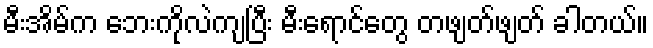
မီးအိမ်က ဘေးကိုလဲကျပြီး မီးရောင်တွေ တဖျတ်ဖျတ် ခါတယ်။